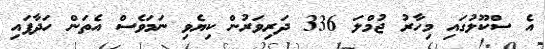
އެ ސްކޫލުގައި މިހާރު ޖުމްލަ 336 ދަރިވަރުން ކިޔެވި ނަމަވެސް އެތަން ހަދާފައި